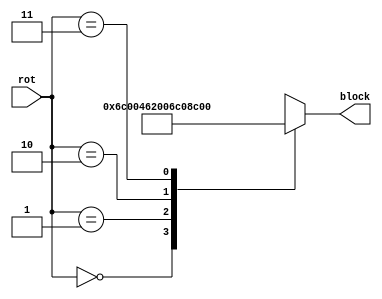
module S_sel(input[1:0] rot, output reg[0:15] block);
wire[0:15] s0 = 16'b0110110000000000;
wire[0:15] s1 = 16'b0100011000100000;
wire[0:15] s2 = 16'b0000011011000000;
wire[0:15] s3 = 16'b1000110001000000;
always @*
begin
    case(rot)
        0: block = s0;
        1: block = s1;
        2: block = s2;
        3: block = s3;
        default: block = s0;
    endcase
end
endmodule